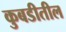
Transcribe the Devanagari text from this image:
कुबडीतील